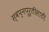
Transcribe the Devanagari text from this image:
स्वप्नपूर्तीसाठी